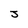
Character: J